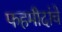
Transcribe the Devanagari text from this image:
फहमीदांचे